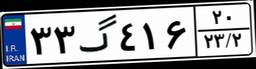
۳۳گ۴۱۶۲۰